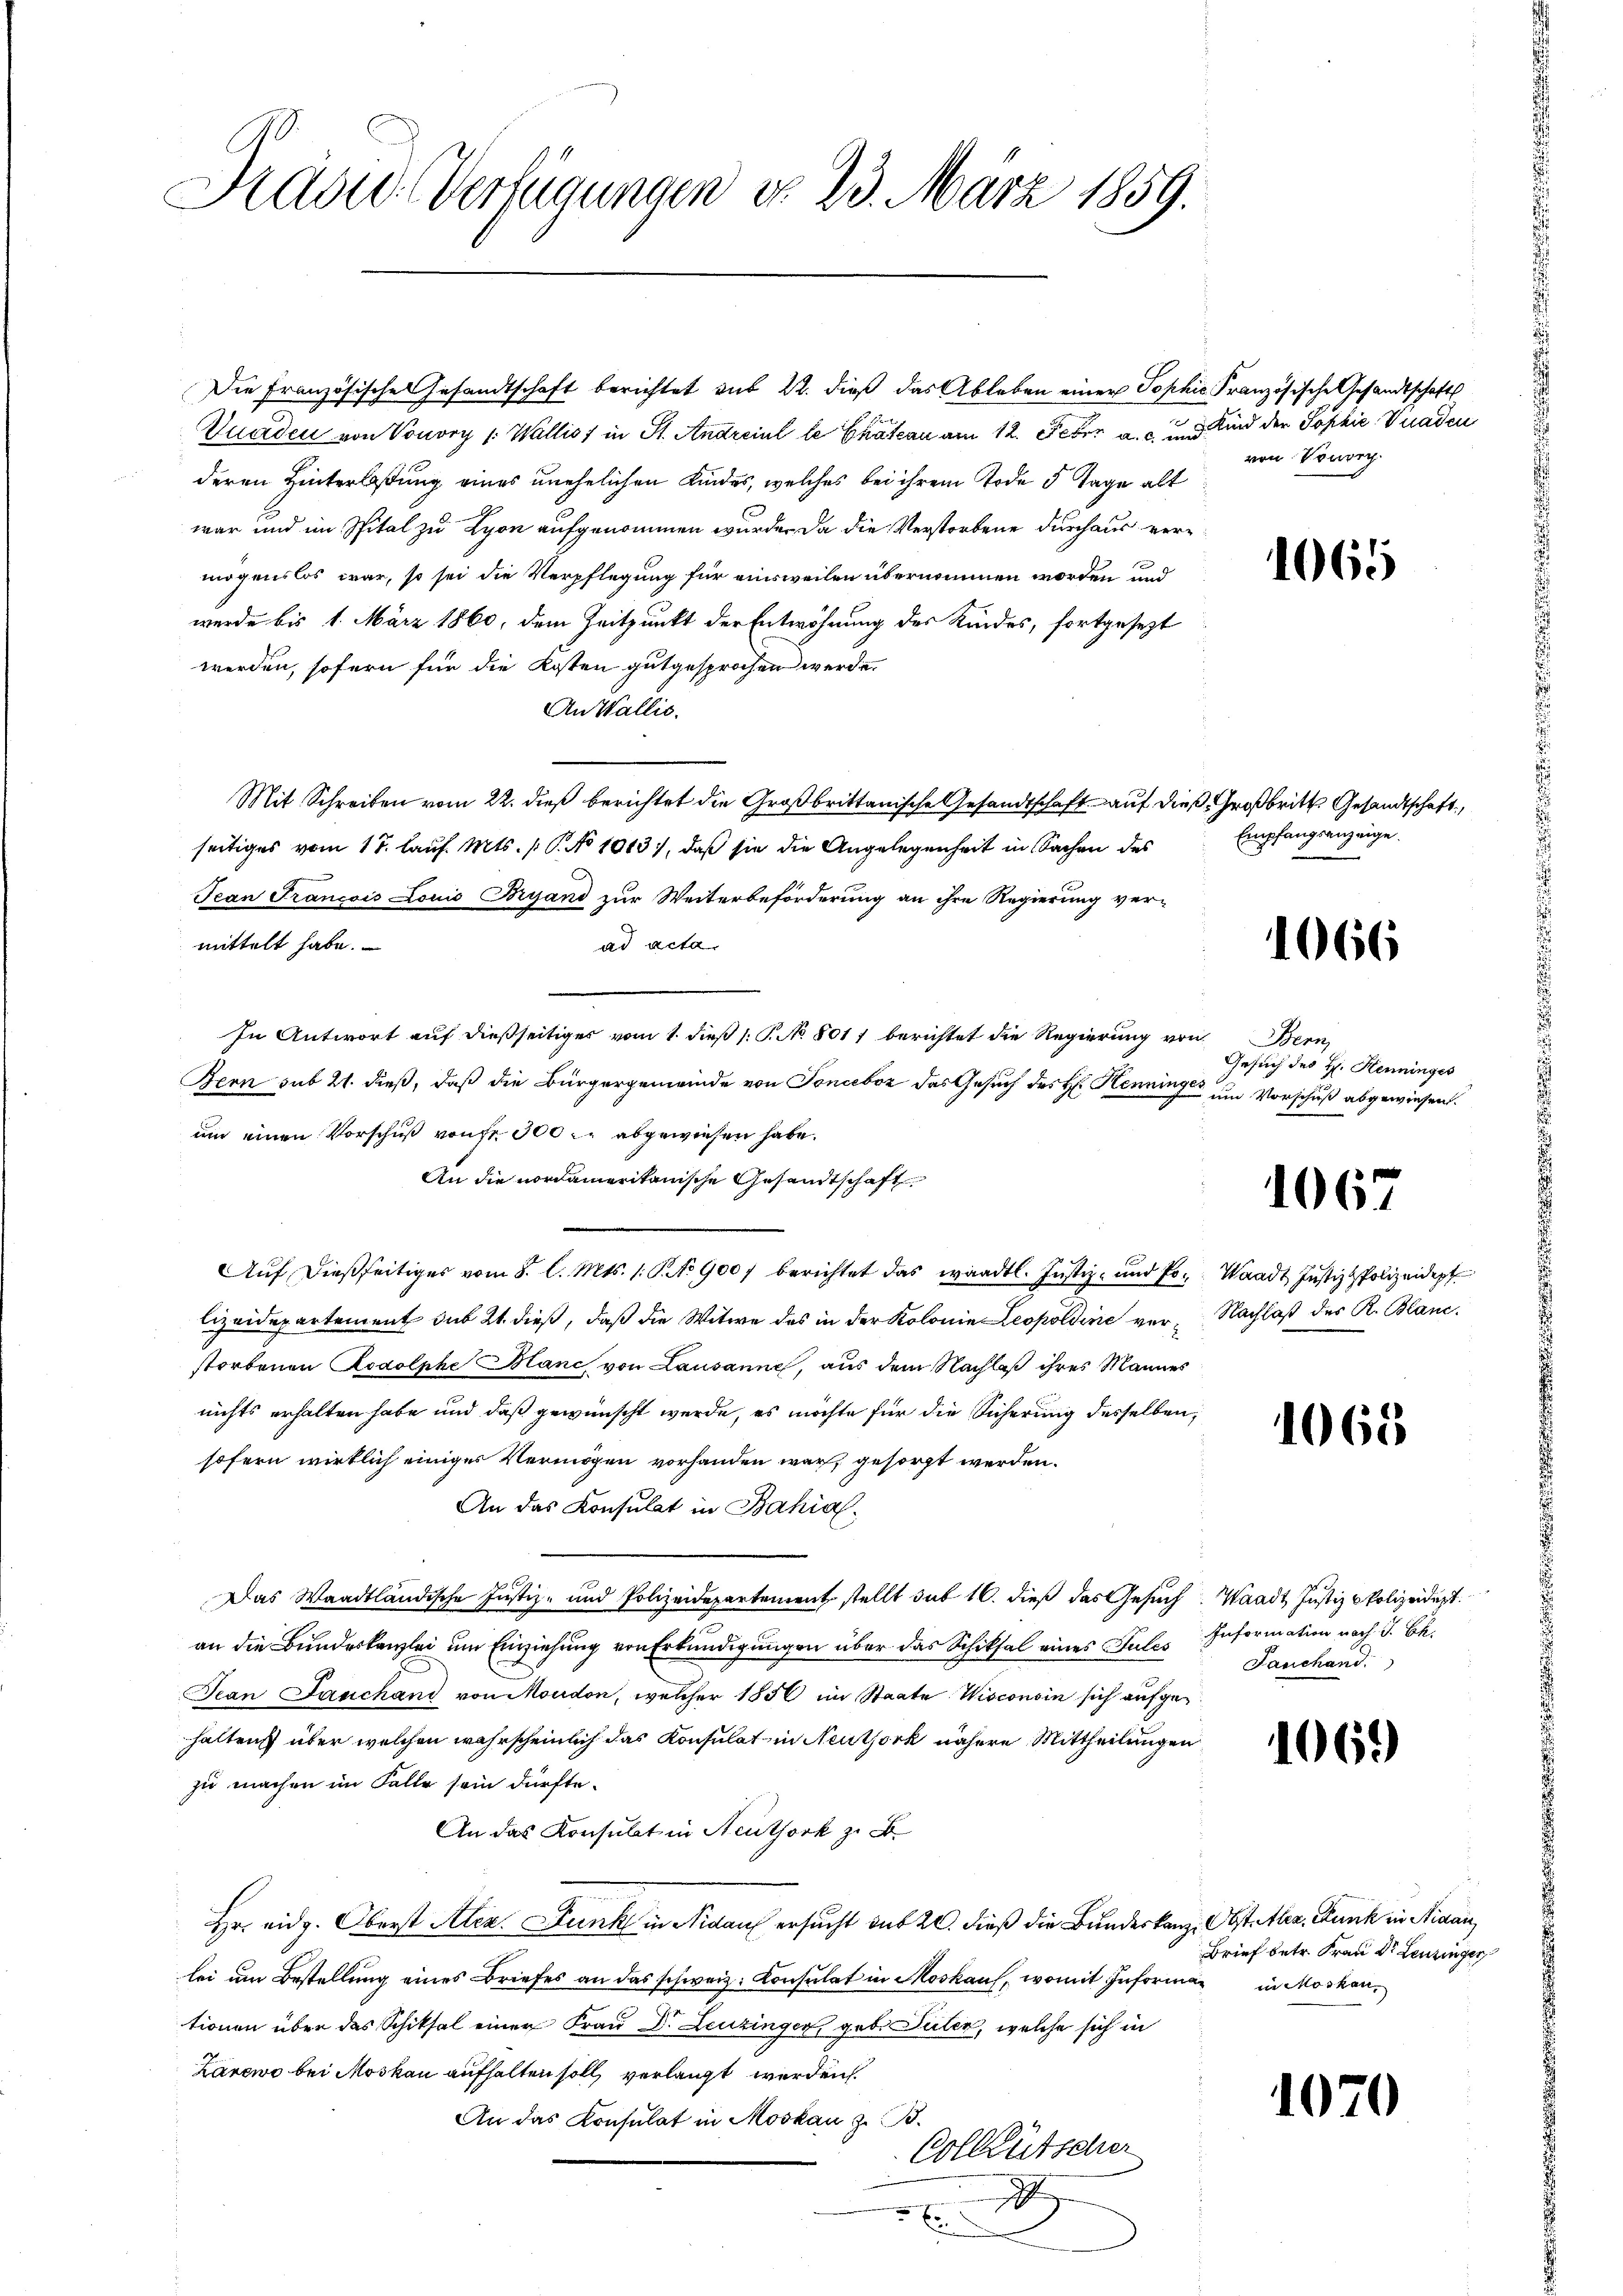
Präsid. Verfügungen do 23. März 1859.

Die Französische Gesandtschaft berichtet sub 22. dieß das Ableben einer Sophie Französische Gesandtschafts
Quaden von Vonory 1: Wallis, in St. Andreiul le Chateau am 12. Febr. a. c. und Kind der Sophie Viaden
deren Hinterlaßung eines unehelichen Kindes, welches bei ihrem Tode 5 Tage alt
war und im Spital zu Lyon aufgenommen wurde. Da die Verstorbene durchaus vermögenslos war, so sei die Verpflegung für einsweilen übernommen worden und
werde bis 1. März 1860, dem Zeitpunkt der Entwöhnung des Kindes, fortgesezt
werden, sofern für die Kosten gutgesprochen werde.
An Wallis.
Mit Schreiben vom 22. dieß berichtet die Großbrittanische Gesandtschaft auf dies Großbritte Gesandtschaft,
seitiges vom 17. Lauf. Mts. (T. No 1013), daß sie die Angelegenheit in Sachen des
Jean Francois Louis Bryand zur Weiterbeförderung an ihre Regierung ver-
mittelt habe.
ad acta.
In Antwort auf dießseitiges vom 1. dieß (: P. No. 801 berichtet die Regierung von
Bern sub 21. dieß, daß die Bürgergemeinde von Tonceboz das Gesuch des H. Henninger um Vorschuß abgewiesen.
um einen Vorschuß von fr. 300 c. abgewiesen habe.
An die vordamerikanische Gesandtschaft
Aŭf dießseitiges vom 8. l. Mts. 1. P. No 900 berichtet das waadtl. Justiz- und Po. Waadt Justiz & Polizeidept
lizeidepartement sub 21. dieß, daß die Witwe des in der Kolonie Leopoldine ver-Nachlaß des R. Blanc
storbenen Kodolphe Blanc von Lausanne, aus dem Nachlaß ihres Mannes
nichts erhalten habe und daß gewünscht werde, es möchte für die Sicherung desselben,
sofern wirklich einiger Vermögen vorhanden war, gesorgt werden.
An das Konsulat in Bahial.
Das Waadtländische Justiz- und Polizeidepartement stellt sub 16. dieß das Gesuch Waadt Justiz Polizeidigt
an die Bundeskanzlei um Einziehung von Erkundigungen über das Schiksal eines Pules Information nach J. Ch.
Jean Jauchand von Moudon, welcher 1856 im Staate Wisconsin sich aufgehalten über welchen wahrscheinlich das Konsulat in Neuthork nähere Mittheilungen
zu machen im Falle sein dürfte.
An das Konsulat in Neuthork z. B.
Hr. eidg. Oberst Alex. Funk in Nidauf ersucht sub 20. dieß die Bundeskanz, Obst. Aber Funk in Nidau,
lei um Bestellung eines Briefes an das schweiz. Konsulat in Moskauf, womit Informan in Moskau,
tionen über das Schiksal einer Frau Dr. Leuzinger, geb. Suter, welche sich in
Lärewo bei Moskau aufhalten soll verlangt werden.
An das Konsulat in Moskau z. B.
Colkutscher
x

.
von Vorrer.

1065

Empfangsanzeige.

1066

Penn
Gesuch des H. Henninges

1067

1068

Fanchand

1060

Brief betr. Frau Dr. Leuzinger

1070